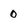
Character: 0